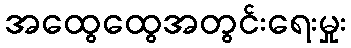
အထွေထွေအတွင်းရေးမှုး